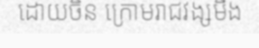
ដោយចិន ក្រោមរាជវង្សមីង